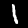
Label: 1